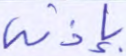
بإذنه